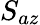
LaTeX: S_{az}